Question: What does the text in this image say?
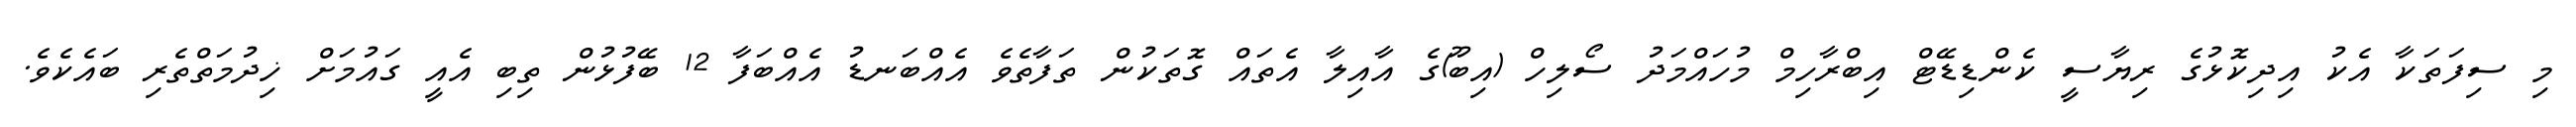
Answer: މި ސިފަތަކާ އެކު އިދިކޮޅުގެ ރިޔާސީ ކެންޑިޑޭޓް އިބްރާހިމް މުހައްމަދު ސޯލިހް (އިބޫ)ގެ އާއިލާ އެތައް ގޮތަކުން ތަފާތެވެ އެއްބަނޑު އެއްބަފާ 12 ބޭފުޅުން ތިބި އެއީ ގައުމަށް ޚިދުމަތްތެރި ބައެކެވެ.